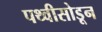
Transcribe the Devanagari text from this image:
पथ्वीसोडून